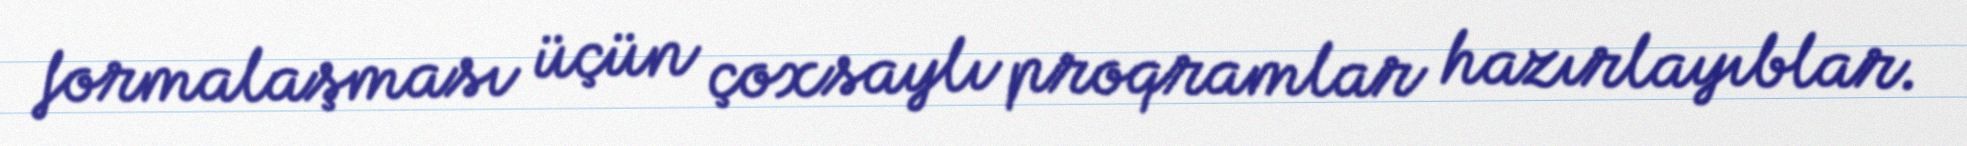
formalaşması üçün çoxsaylı proqramlar hazırlayıblar.